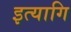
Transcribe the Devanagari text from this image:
इत्यागि